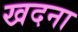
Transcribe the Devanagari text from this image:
खदना